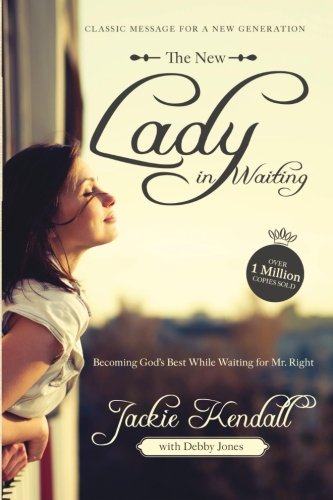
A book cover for The New Lady in Waiting: Becoming God's Best While Waiting for Mr. Right; Jackie Kendall; Christian Books & Bibles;